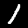
Digit: 1